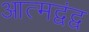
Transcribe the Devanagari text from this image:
आत्मद्वंद्व